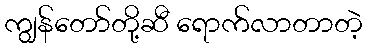
ကျွန်တော်တို့ဆီ ရောက်လာတာတဲ့